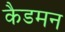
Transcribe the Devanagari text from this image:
कैडमन